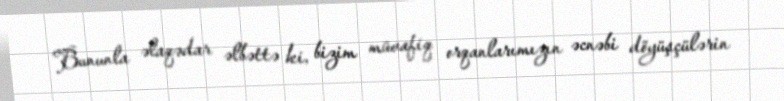
Bununla əlaqədar əlbəttə ki, bizim müvafiq orqanlarımızın əcnəbi döyüşçülərin